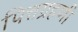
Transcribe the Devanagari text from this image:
पित्तग्रहणी